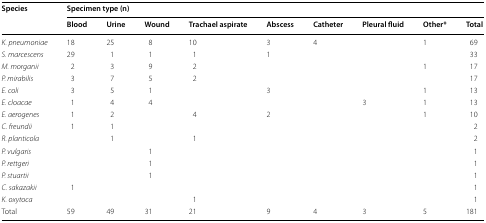
<table><thead><tr><td rowspan="2"><b>Species</b></td><td colspan="9"><b>Specimen type (n)</b></td></tr><tr><td><b>Blood</b></td><td><b>Urine</b></td><td><b>Wound</b></td><td><b>Trachael aspirate</b></td><td><b>Abscess</b></td><td><b>Catheter</b></td><td><b>Pleural fluid</b></td><td><b>Other*</b></td><td><b>Total</b></td></tr></thead><tbody><tr><td><i>K. pneumoniae</i></td><td>18</td><td>25</td><td>8</td><td>10</td><td>3</td><td>4</td><td></td><td>1</td><td>69</td></tr><tr><td><i>S. marcescens</i></td><td>29</td><td>1</td><td>1</td><td>1</td><td>1</td><td></td><td></td><td></td><td>33</td></tr><tr><td><i>M. morganii</i></td><td>2</td><td>3</td><td>9</td><td>2</td><td></td><td></td><td></td><td>1</td><td>17</td></tr><tr><td><i>P. mirabilis</i></td><td>3</td><td>7</td><td>5</td><td>2</td><td></td><td></td><td></td><td></td><td>17</td></tr><tr><td><i>E. coli</i></td><td>3</td><td>5</td><td>1</td><td></td><td>3</td><td></td><td></td><td>1</td><td>13</td></tr><tr><td><i>E. cloacae</i></td><td>1</td><td>4</td><td>4</td><td></td><td></td><td></td><td>3</td><td>1</td><td>13</td></tr><tr><td><i>E. aerogenes</i></td><td>1</td><td>2</td><td></td><td>4</td><td>2</td><td></td><td></td><td>1</td><td>10</td></tr><tr><td><i>C. freundii</i></td><td>1</td><td>1</td><td></td><td></td><td></td><td></td><td></td><td></td><td>2</td></tr><tr><td><i>R. planticola</i></td><td></td><td>1</td><td></td><td>1</td><td></td><td></td><td></td><td></td><td>2</td></tr><tr><td><i>P. vulgaris</i></td><td></td><td></td><td>1</td><td></td><td></td><td></td><td></td><td></td><td>1</td></tr><tr><td><i>P. rettgeri</i></td><td></td><td></td><td>1</td><td></td><td></td><td></td><td></td><td></td><td>1</td></tr><tr><td><i>P. stuartii</i></td><td></td><td></td><td>1</td><td></td><td></td><td></td><td></td><td></td><td>1</td></tr><tr><td><i>C. sakazakii</i></td><td>1</td><td></td><td></td><td></td><td></td><td></td><td></td><td></td><td>1</td></tr><tr><td><i>K. oxytoca</i></td><td></td><td></td><td></td><td>1</td><td></td><td></td><td></td><td></td><td>1</td></tr><tr><td>Total</td><td>59</td><td>49</td><td>31</td><td>21</td><td>9</td><td>4</td><td>3</td><td>5</td><td>181</td></tr></tbody></table>